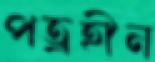
পত্রহীন